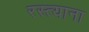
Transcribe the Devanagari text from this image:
रस्त्याना